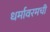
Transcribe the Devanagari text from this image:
धर्मावरमची